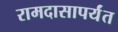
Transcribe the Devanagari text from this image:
रामदासापर्यंत